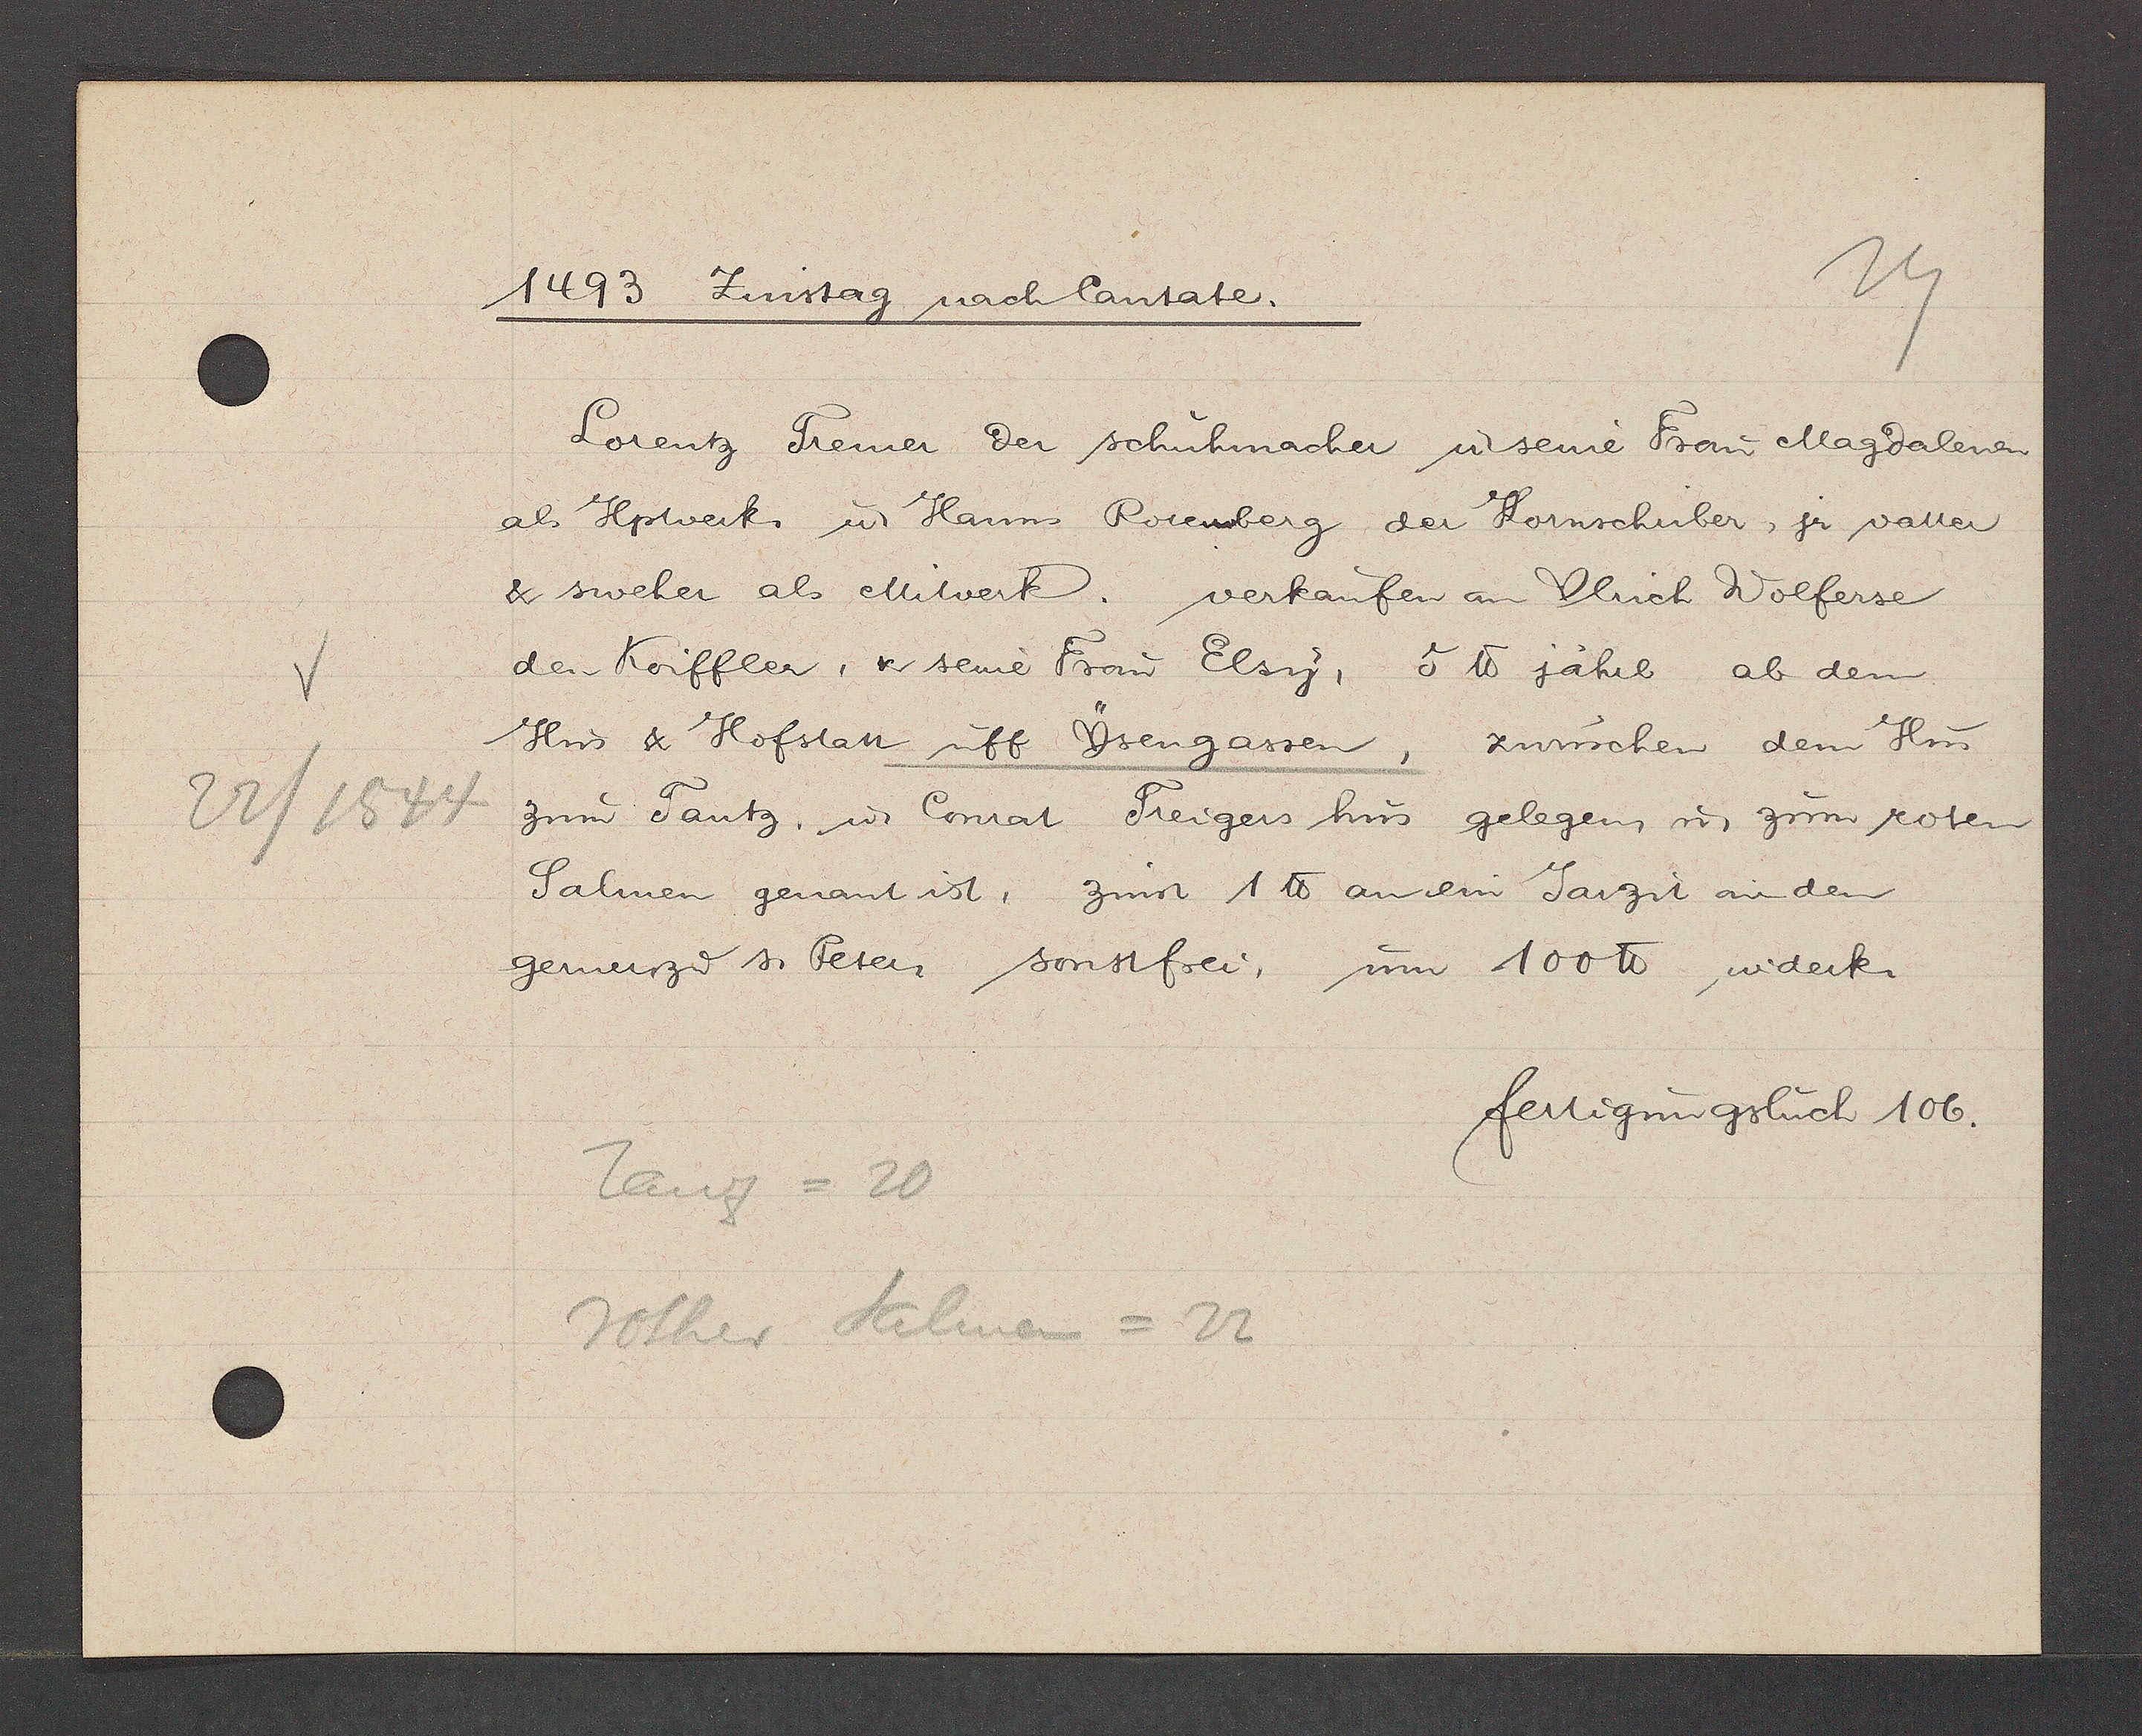
Transcript:
22/1544

1493 Zinstag nach cantate.
Lorentz Tremer der schuhmacher ư seine Frau Magdalenen
als Hptverk. ư Hanns Rotenmberg der Kornschuber, jr vatter
& sweher als Mitverk. verkaufen an Ulrich Wolferse
den Koifffler, & seine Frau Elsy, 5 ℔ jährl ab dem
Hus & Hofstatt uff Ysengassen, zwuschen dem Hus
zum Tantz. u. Conrat Treigers hus gelegen, u. zum roten
Salmen genant ist, zinst 1 ℔ an ein Jarzit an den
gernerzư s. Peten sonstfrei, um 100 ℔ widerk.
fertigungsbuch 106.
Tanz = 20
rother Salmen =22